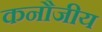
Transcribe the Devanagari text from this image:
कनौजीय